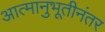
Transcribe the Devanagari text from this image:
आत्मानुभूतीनंतर